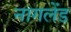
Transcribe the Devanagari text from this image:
नागलेंड